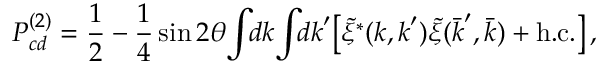
P _ { c d } ^ { ( 2 ) } = \frac { 1 } { 2 } - \frac { 1 } { 4 } \sin 2 \theta \! \int \! \! d \boldsymbol { k } \! \int \! \! d \boldsymbol { k } ^ { \prime } \! \left[ \tilde { \xi } ^ { * } ( \boldsymbol { k } , \boldsymbol { k } ^ { \prime } ) \tilde { \xi } ( \bar { \boldsymbol { k } } ^ { \prime } , \bar { \boldsymbol { k } } ) + \mathrm { h . c . } \right] ,